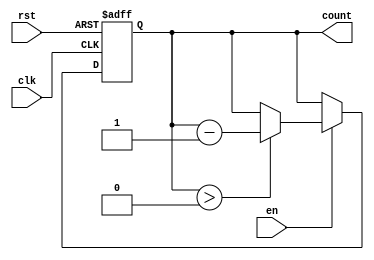
module decremental_counter #(parameter WIDTH = 4, MAX_COUNT = 15) (
    input wire clk,          // Clock input
    input wire rst,          // Reset input (active-high)
    input wire en,           // Enable input (active-high)
    output reg [WIDTH-1:0] count // Current count output
);

// Asynchronous reset
always @(posedge clk or posedge rst) begin
    if (rst) begin
        count <= MAX_COUNT; // Reset to maximum count value
    end else if (en) begin
        if (count > 0) begin
            count <= count - 1; // Decrement the count
        end
    end
end

endmodule